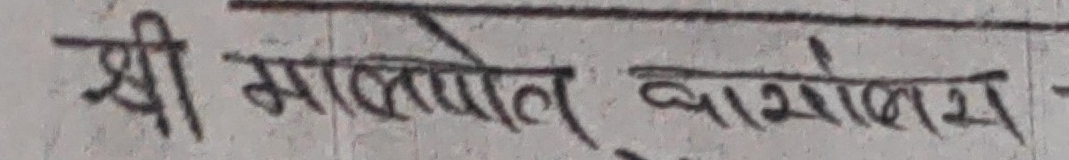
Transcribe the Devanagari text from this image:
श्री मालती बाळोच